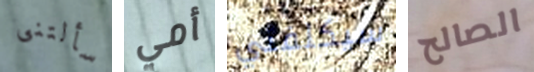
سألتنى أمي سيكلفني الصالح